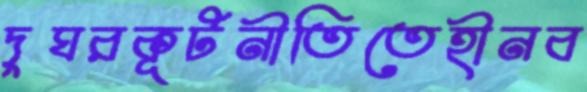
দুঘরকূটনীতিতেহীনব